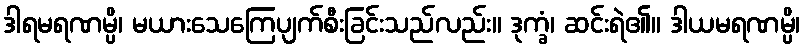
ဒါရမရဏမ္ပိ၊ မယားသေကြေပျက်စီးခြင်းသည်လည်း။ ဒုက္ခံ၊ ဆင်းရဲ၏။ ဒါယမရဏမ္ပိ၊